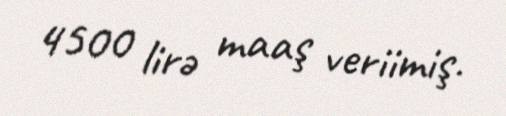
4500 lirə maaş veriimiş.